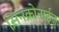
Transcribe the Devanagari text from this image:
सिनक्रोनाईज़